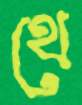
থে